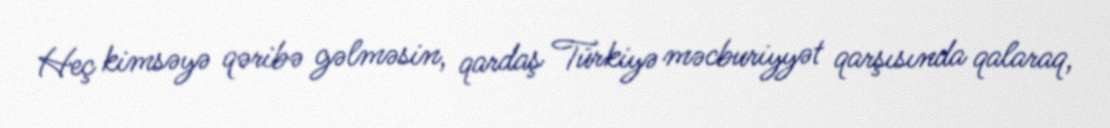
Heç kimsəyə qəribə gəlməsin, qardaş Türkiyə məcburiyyət qarşısında qalaraq,